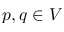
p , q \in V